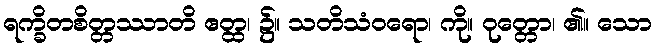
ရက္ခိတစိတ္တဿာတိ ဧတ္ထ၊ ၌။ သတိသံဝရော၊ ကို။ ဝုတ္တော၊ ၏။ သော